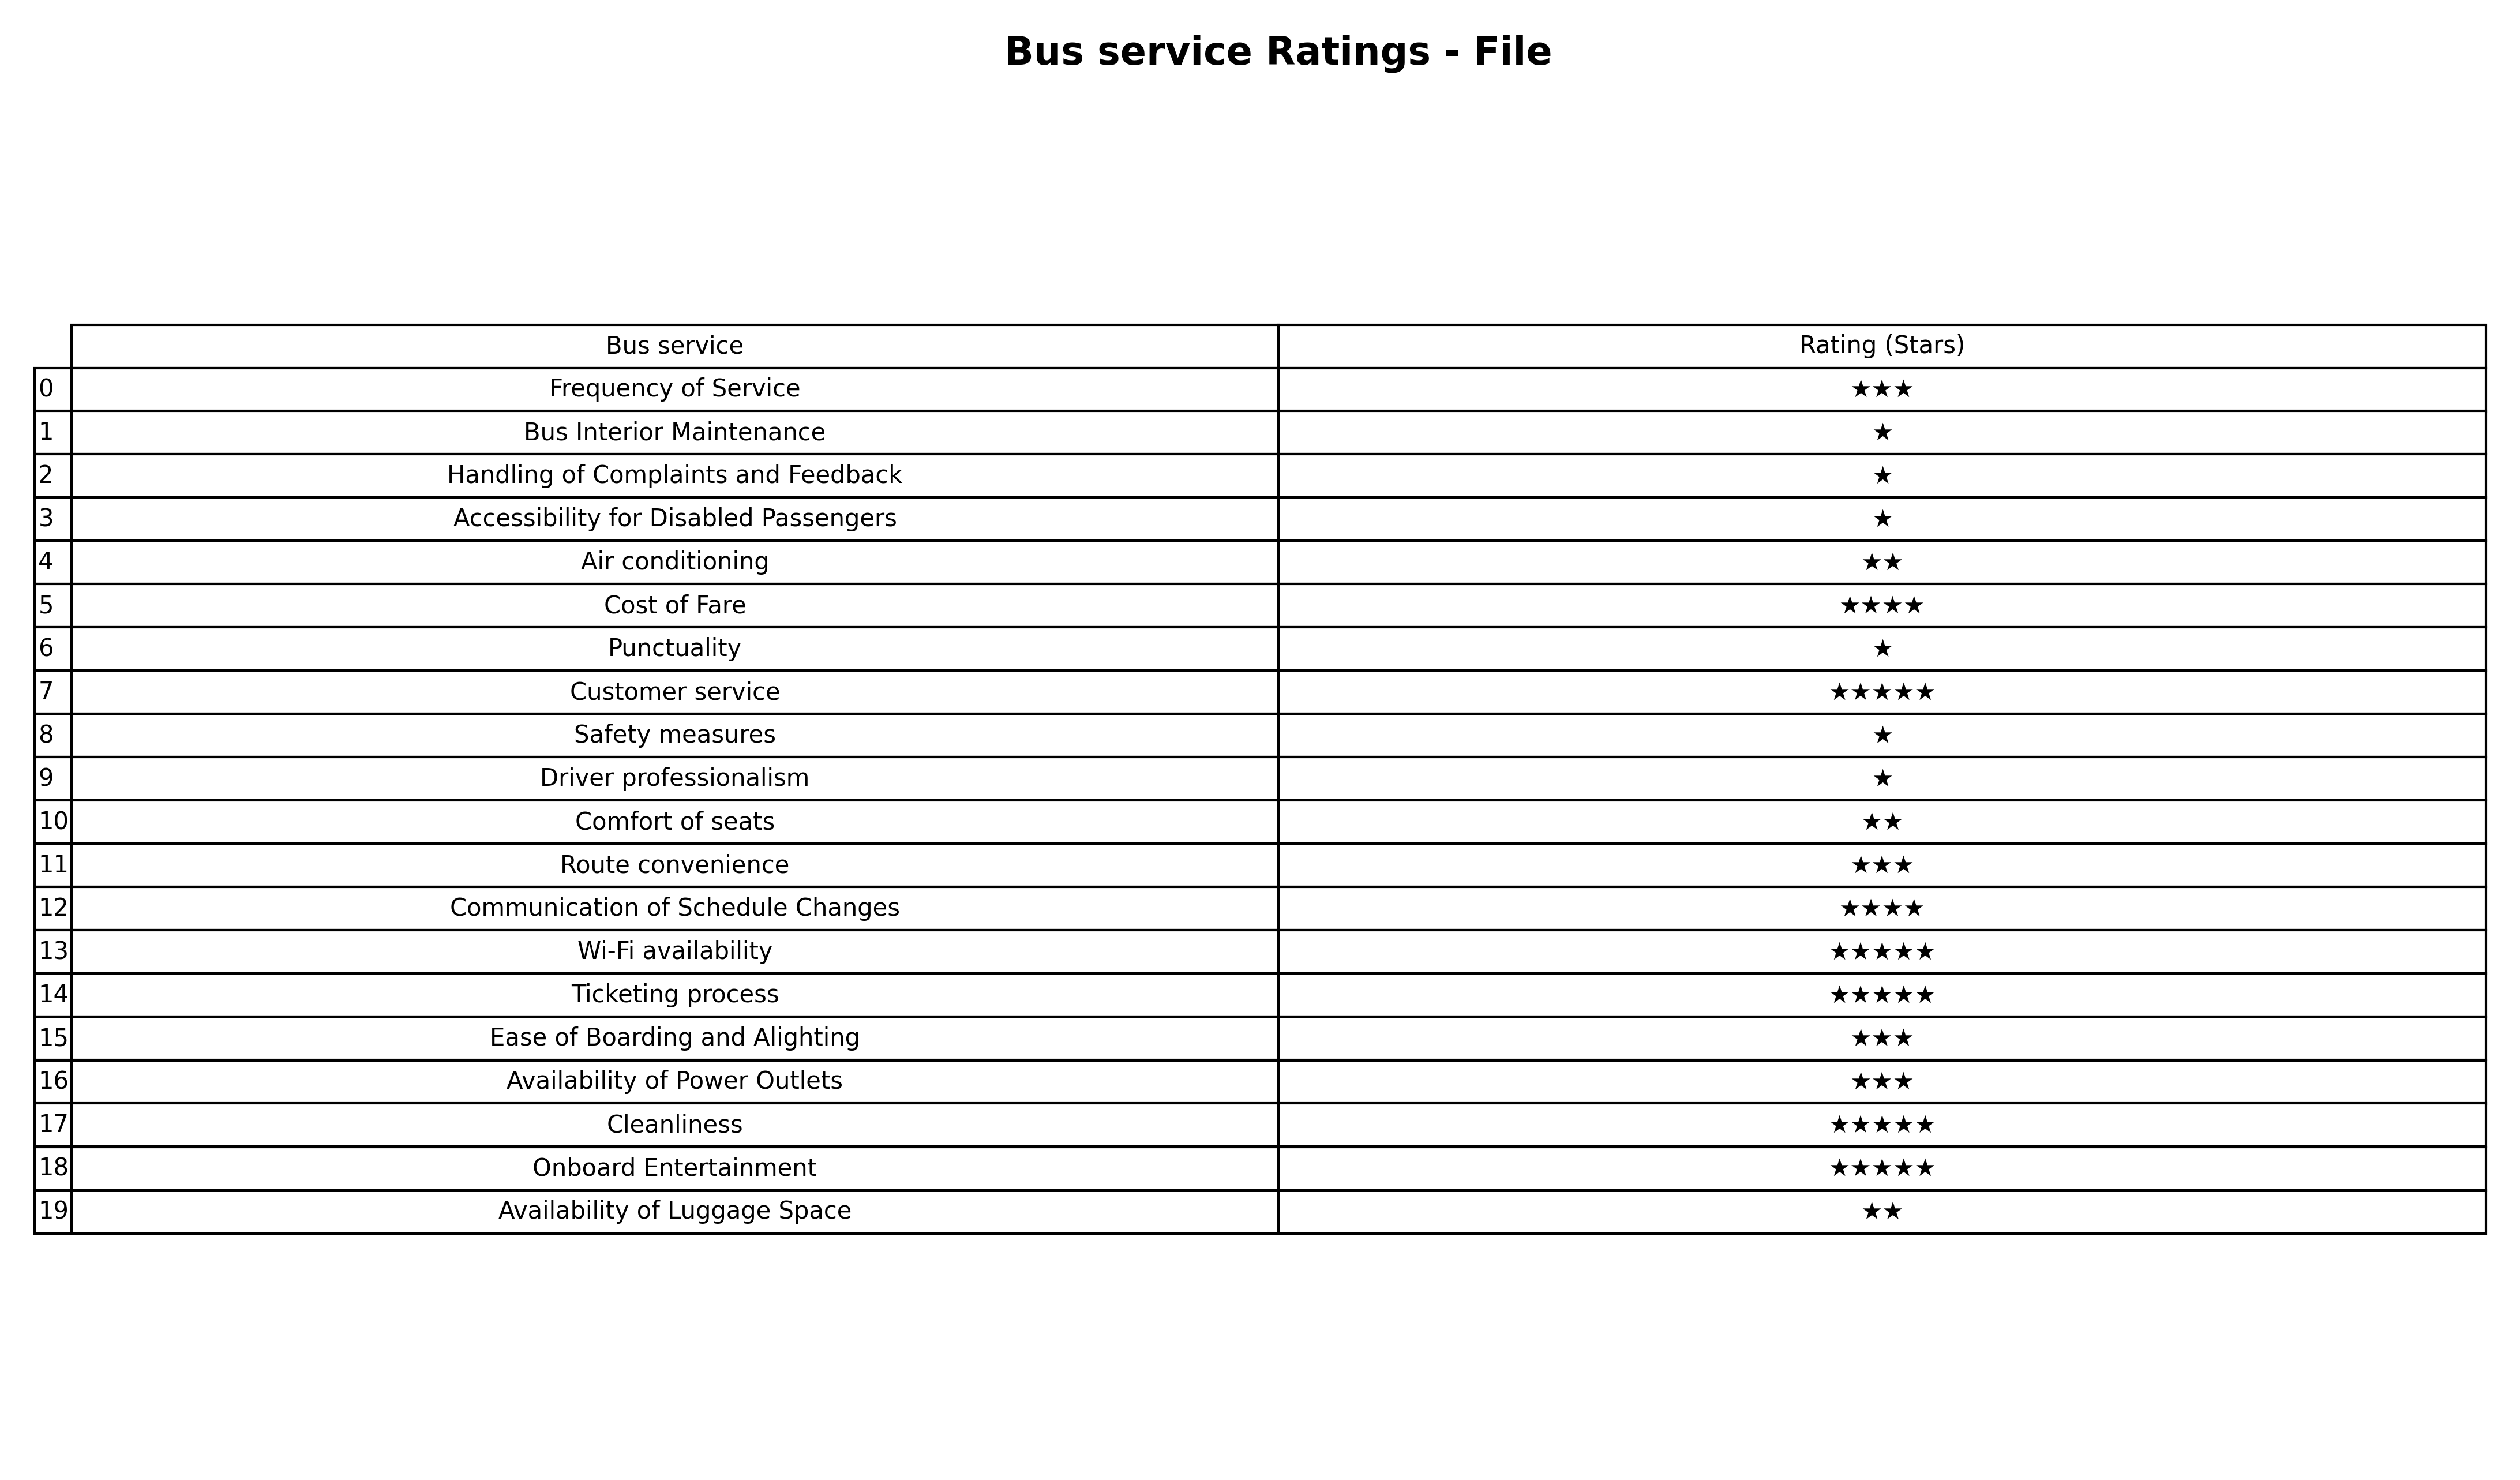
question: What is the rating of Handling of Complaints and Feedback?
answer: ★